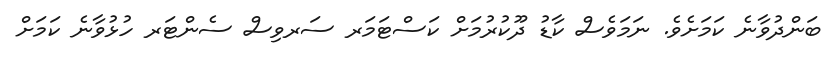
ބަންދުވާނެ ކަމަށެވެ. ނަމަވެސް ކާޑު ދޫކުރުމަށް ކަަސްޓަމަރ ސަރވިސް ސެންޓަރ ހުޅުވާނެ ކަމަށް